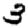
Digit: 3